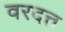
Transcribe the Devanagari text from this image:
वरदत्त